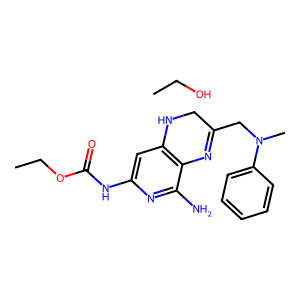
SMILES: CCO.CCOC(=O)Nc1cc2c(c(N)n1)N=C(CN(C)c1ccccc1)CN2
Inhibits HIV replication: No